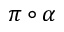
\pi \circ \alpha